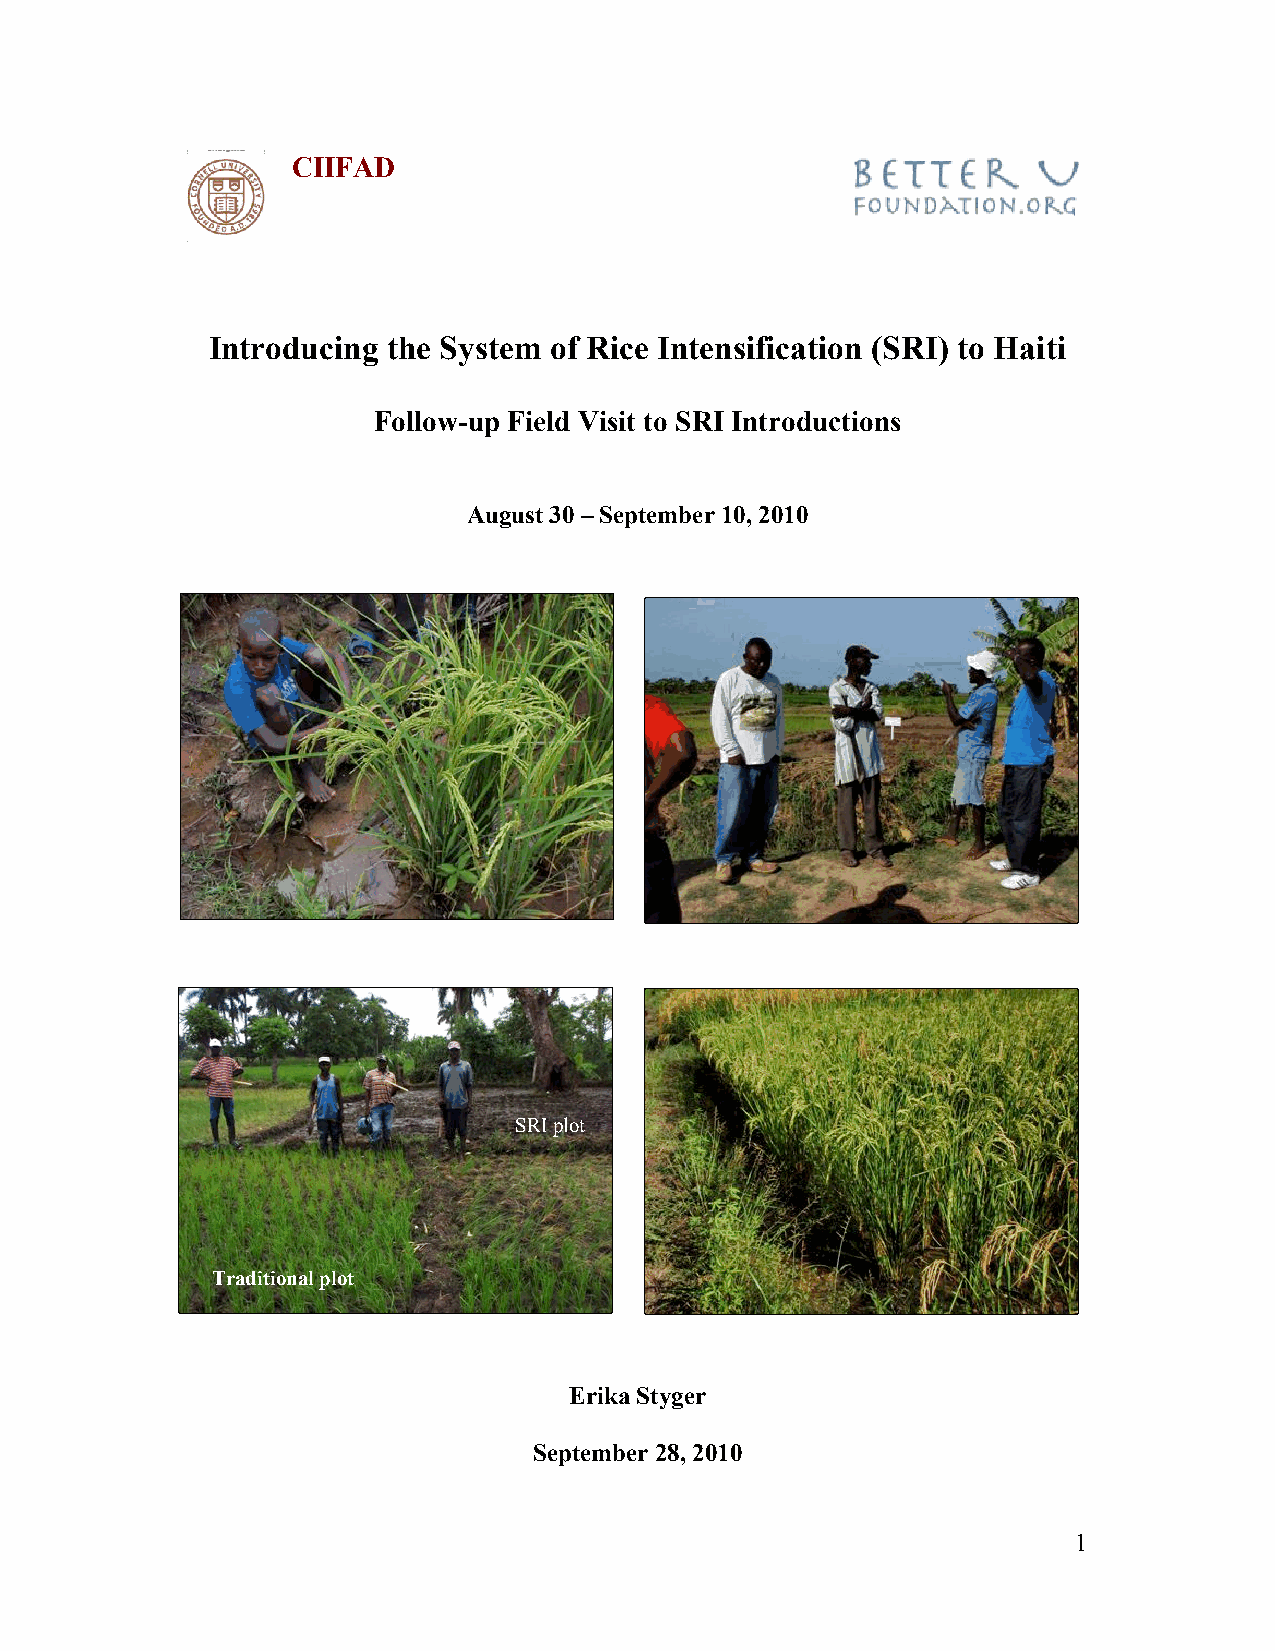
CIIFAD
 Introducing the System of Rice Intensification (SRI) to Haiti
 Follow-up Field Visit to SRI Introductions
 August 30 – September 10, 2010
 SRI plot
 Traditional plot
 Erika Styger
 September 28, 2010
 1